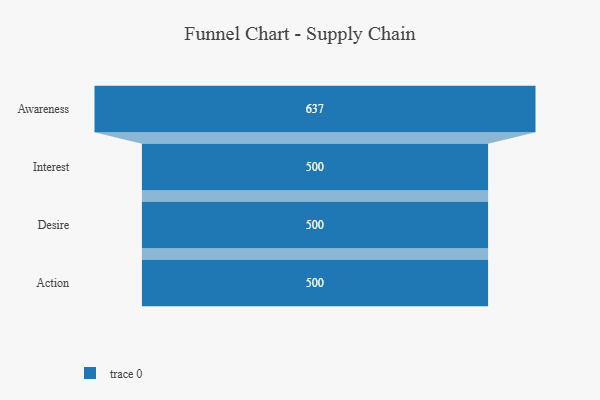
{"axis": {"x": "Stage", "y": "Value"}, "legend": [""], "data": [{"x": "Awareness", "y": 637.0, "type": ""}, {"x": "Interest", "y": 500, "type": ""}, {"x": "Desire", "y": 500, "type": ""}, {"x": "Action", "y": 500, "type": ""}]}